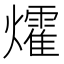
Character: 㸌